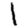
Digit: 1